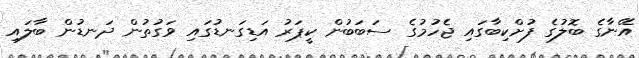
އޭނާގެ ބޮލުގެ ފުށްކިބާގައި ޖެހުމުގެ ސަބަބުން ކީޕަރު އަޑިގަނޑުގައި ވަގުތުން ދަނޑުން ބާލައި